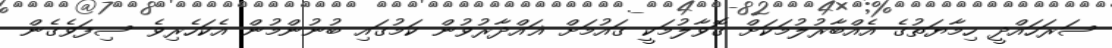
ސަރަހައްދީ ހިމާޔަތުގެ އެއްބާރުލުމަކަށް ގޮވާލުމަކީ ގައުމަށް ޣައްދާރުވުން ކަމުގައި ބުނުންމުން އެކަހެރިވެ ސިފަވެގެން